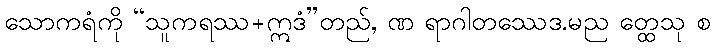
သောကရံကို “သူကရဿ+ဣဒံ”တည်, ဏ ရာဂါတဿေဒ.မည တ္ထေသု စ